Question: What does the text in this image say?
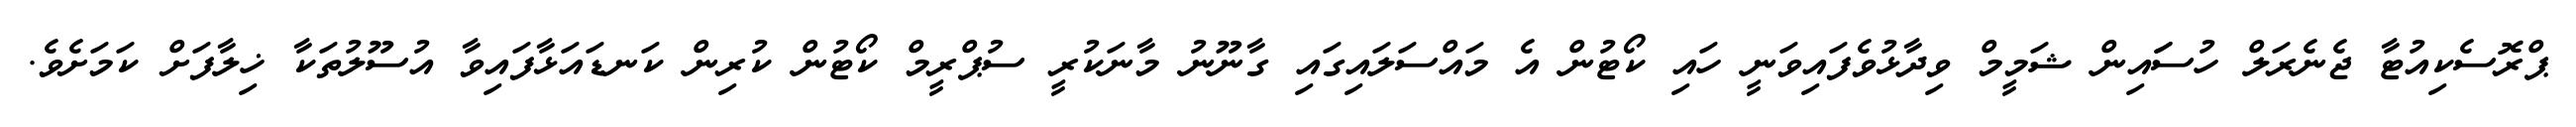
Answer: ޕްރޮސެކިއުޓާ ޖެނެރަލް ހުސަައިން ޝަމީމް ވިދާޅުވެފައިވަނީ ހައި ކޯޓުން އެ މައްސަލައިގައި ގާނޫނު މާނަކުރީ ސުޕްރީމް ކޯޓުން ކުރިން ކަނޑައަޅާފައިވާ އުސޫލުތަކާ ޚިލާފަށް ކަމަށެވެ.